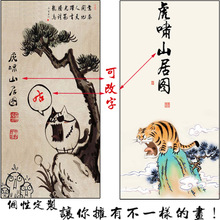
外乱而内整，示饥而实饱，内精而外钝。